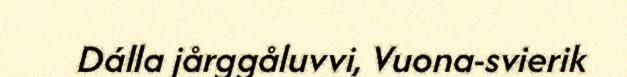
Dálla jårggåluvvi, Vuona-svierik